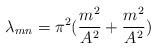
LaTeX: \begin{align*}\lambda_{mn} = \pi^2({{m^2}\over{A^2}} + {{m^2}\over{A^2}})\end{align*}